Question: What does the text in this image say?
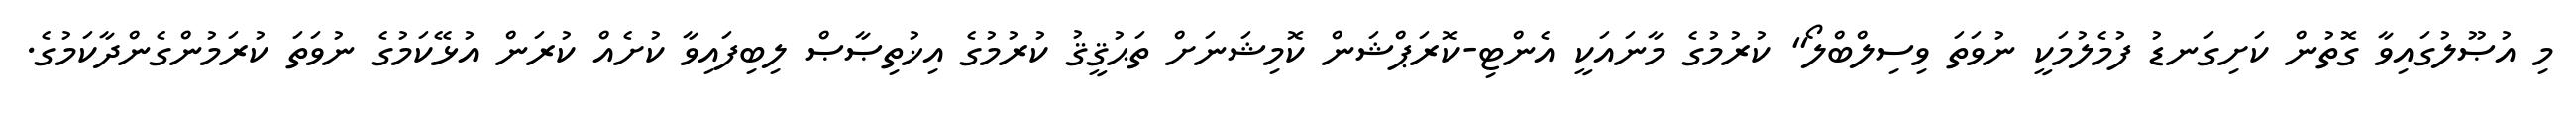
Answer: މި އުޞޫލުގައިވާ ގޮތުން ކަށިގަނޑު ފުމެލުމަކީ ނުވަތަ ވިސިލްބްލޯ" ކުރުމުގެ މާނައަކީ އެންޓި-ކޮރަޕްޝަން ކޮމިޝަނަށް ތަޙުޤީޤު ކުރުމުގެ އިޚުތިޞާޞް ލިބިފައިވާ ކުށެއް ކުރަން އުޅޭކަމުގެ ނުވަތަ ކުރަމުންގެންދާކަމުގެ.